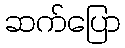
ဆက်ပြော